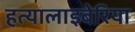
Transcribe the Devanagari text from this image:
हत्यालाइबेरिया